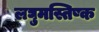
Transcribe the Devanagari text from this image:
लघुमस्तिष्क